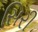
સિરી